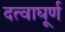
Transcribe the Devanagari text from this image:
दत्वाघूर्ण